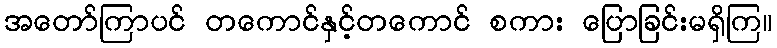
အတော်ကြာပင် တကောင်နှင့်တကောင် စကား ပြောခြင်းမရှိကြ။